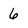
Character: 6